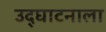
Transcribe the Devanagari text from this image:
उद्‌घाटनाला